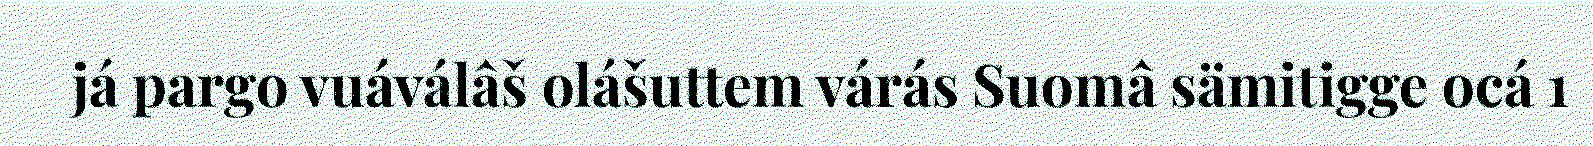
já pargo vuáválâš olášuttem várás Suomâ sämitigge ocá 1